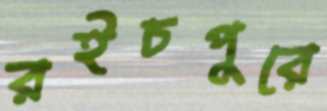
রইচপুরে